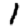
Digit: 1